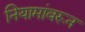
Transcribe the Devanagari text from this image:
नियामांवरून